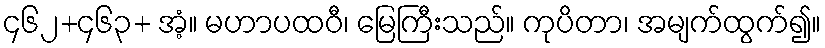
၄၆၂+၄၆၃+ အံ့။ မဟာပထဝီ၊ မြေကြီးသည်။ ကုပိတာ၊ အမျက်ထွက်၍။